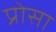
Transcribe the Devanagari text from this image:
प्रोसा